Bréfritari: Sigríður Pálsdóttir
Viðtakandi: Páll Pálsson
Dagsetning: A-1845-08-26
Skrifað á: Síðumúla  Mýr.
Páll var bróðir Sigríðar

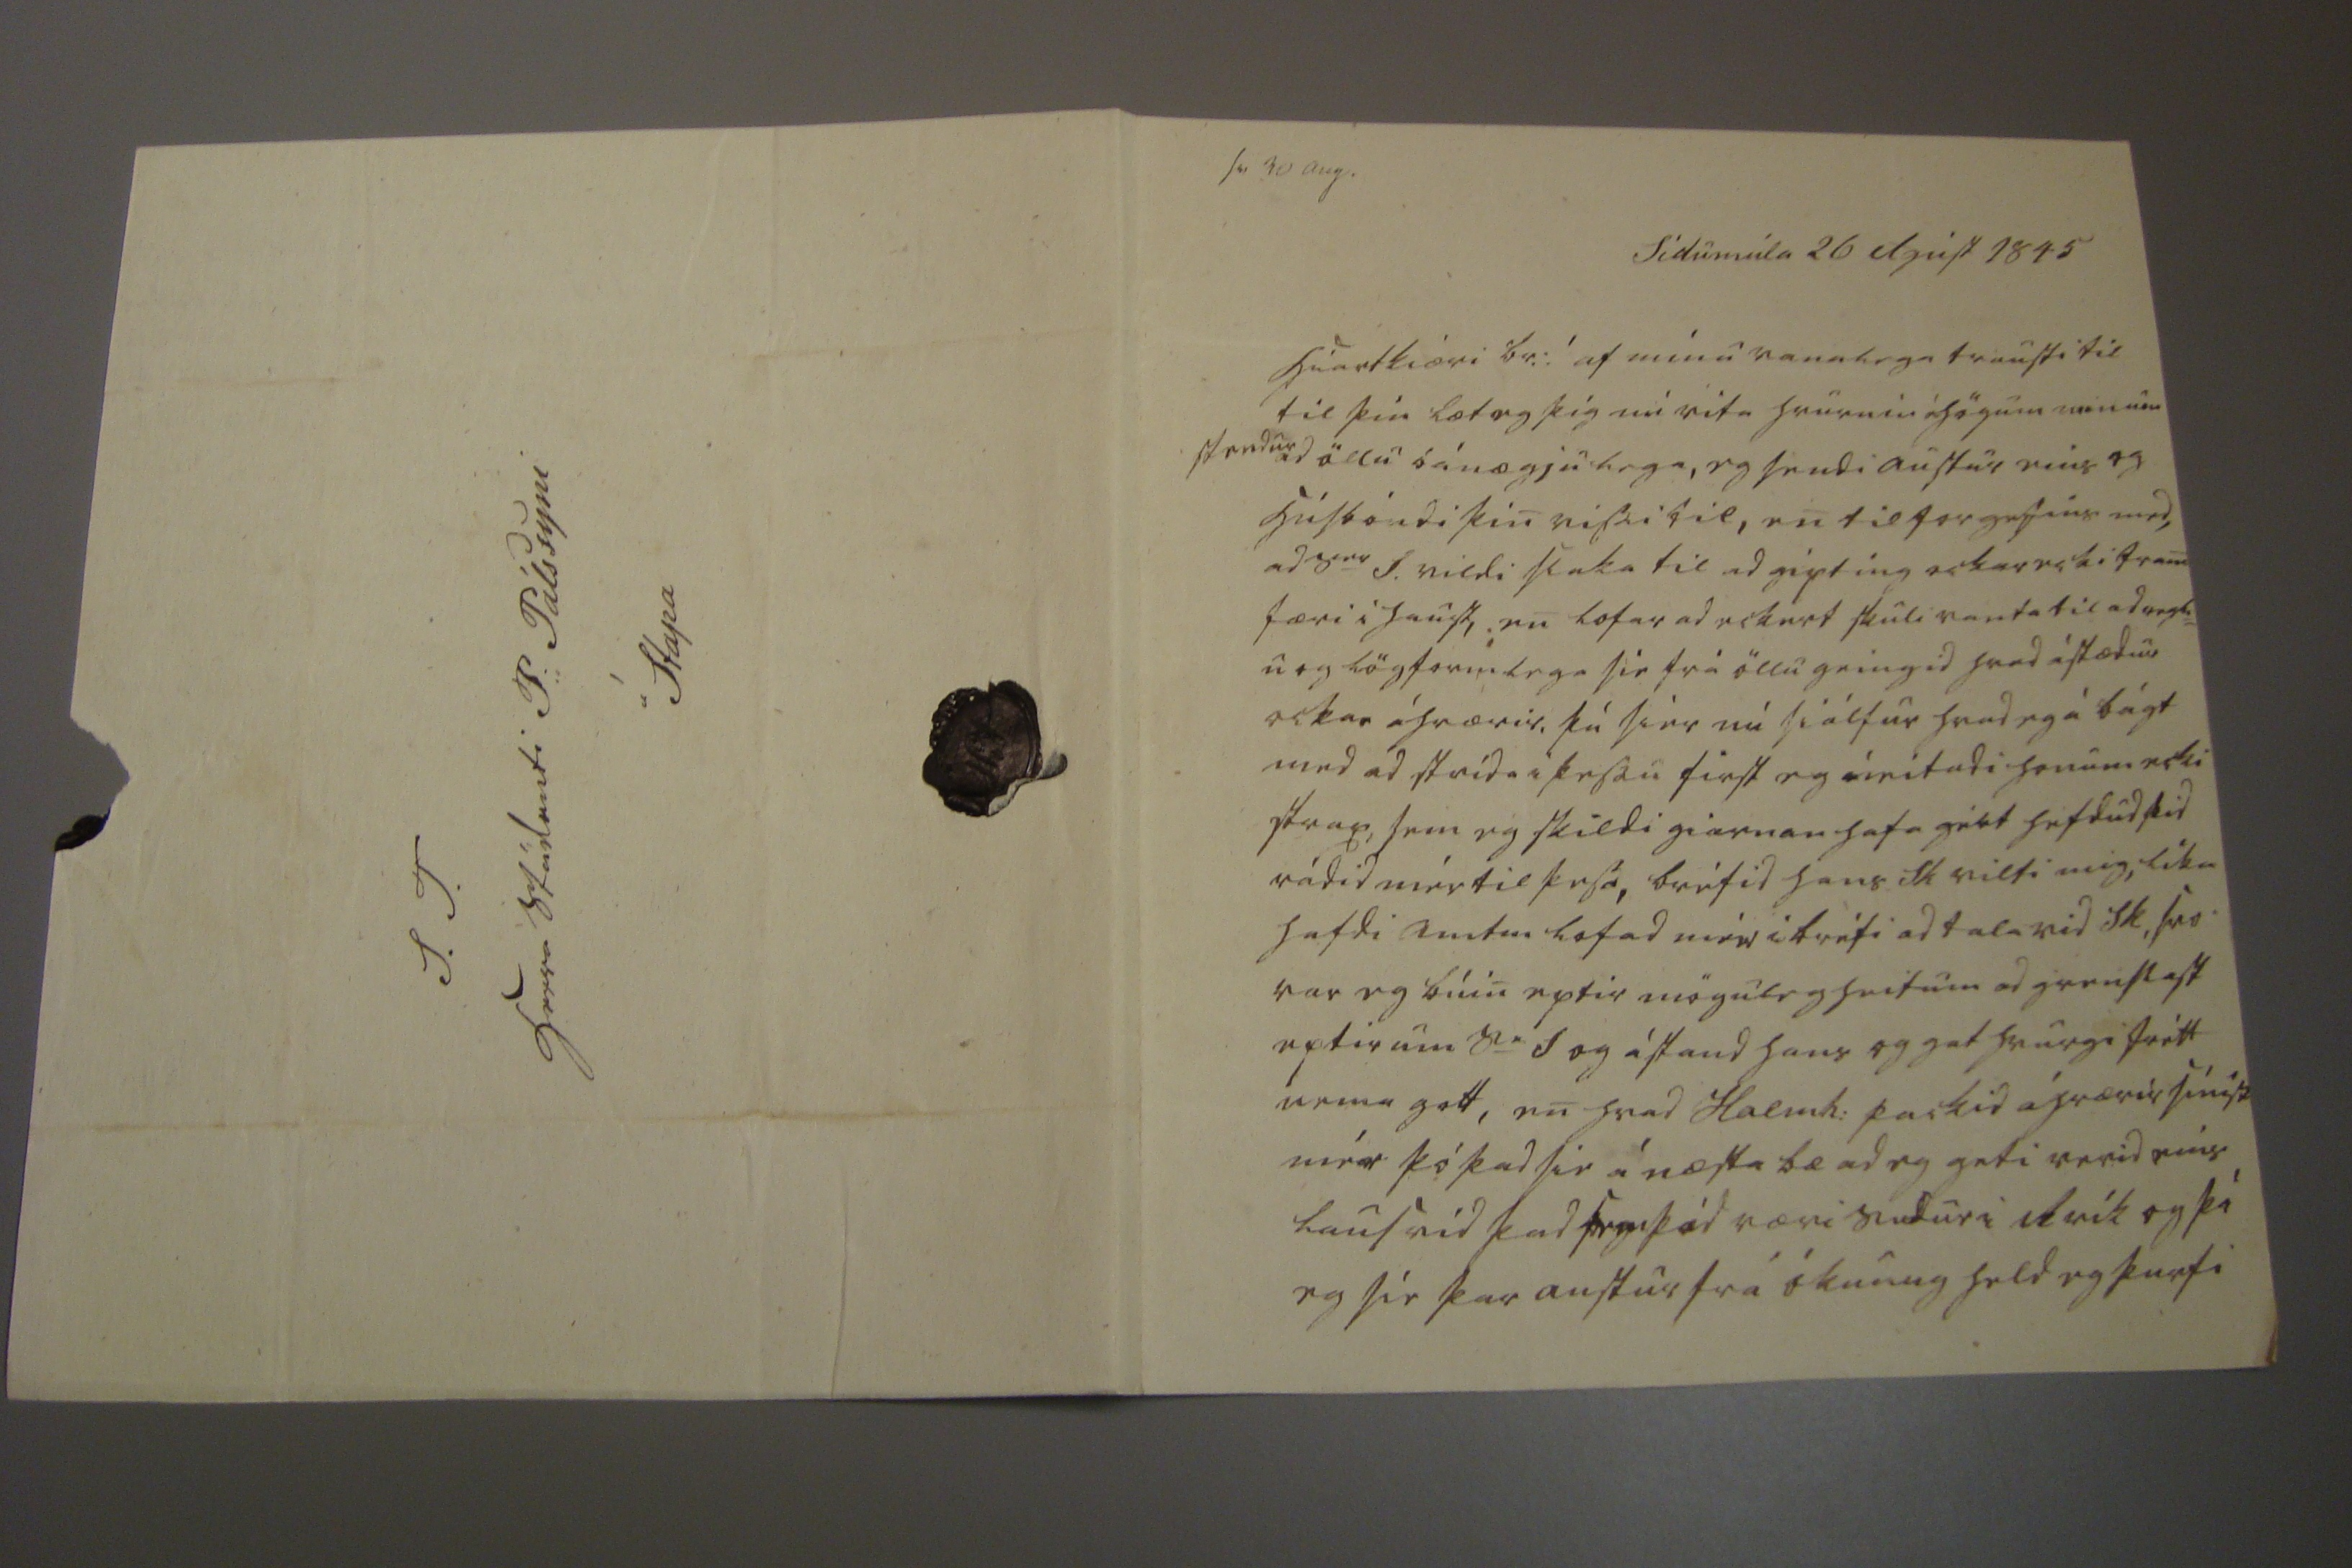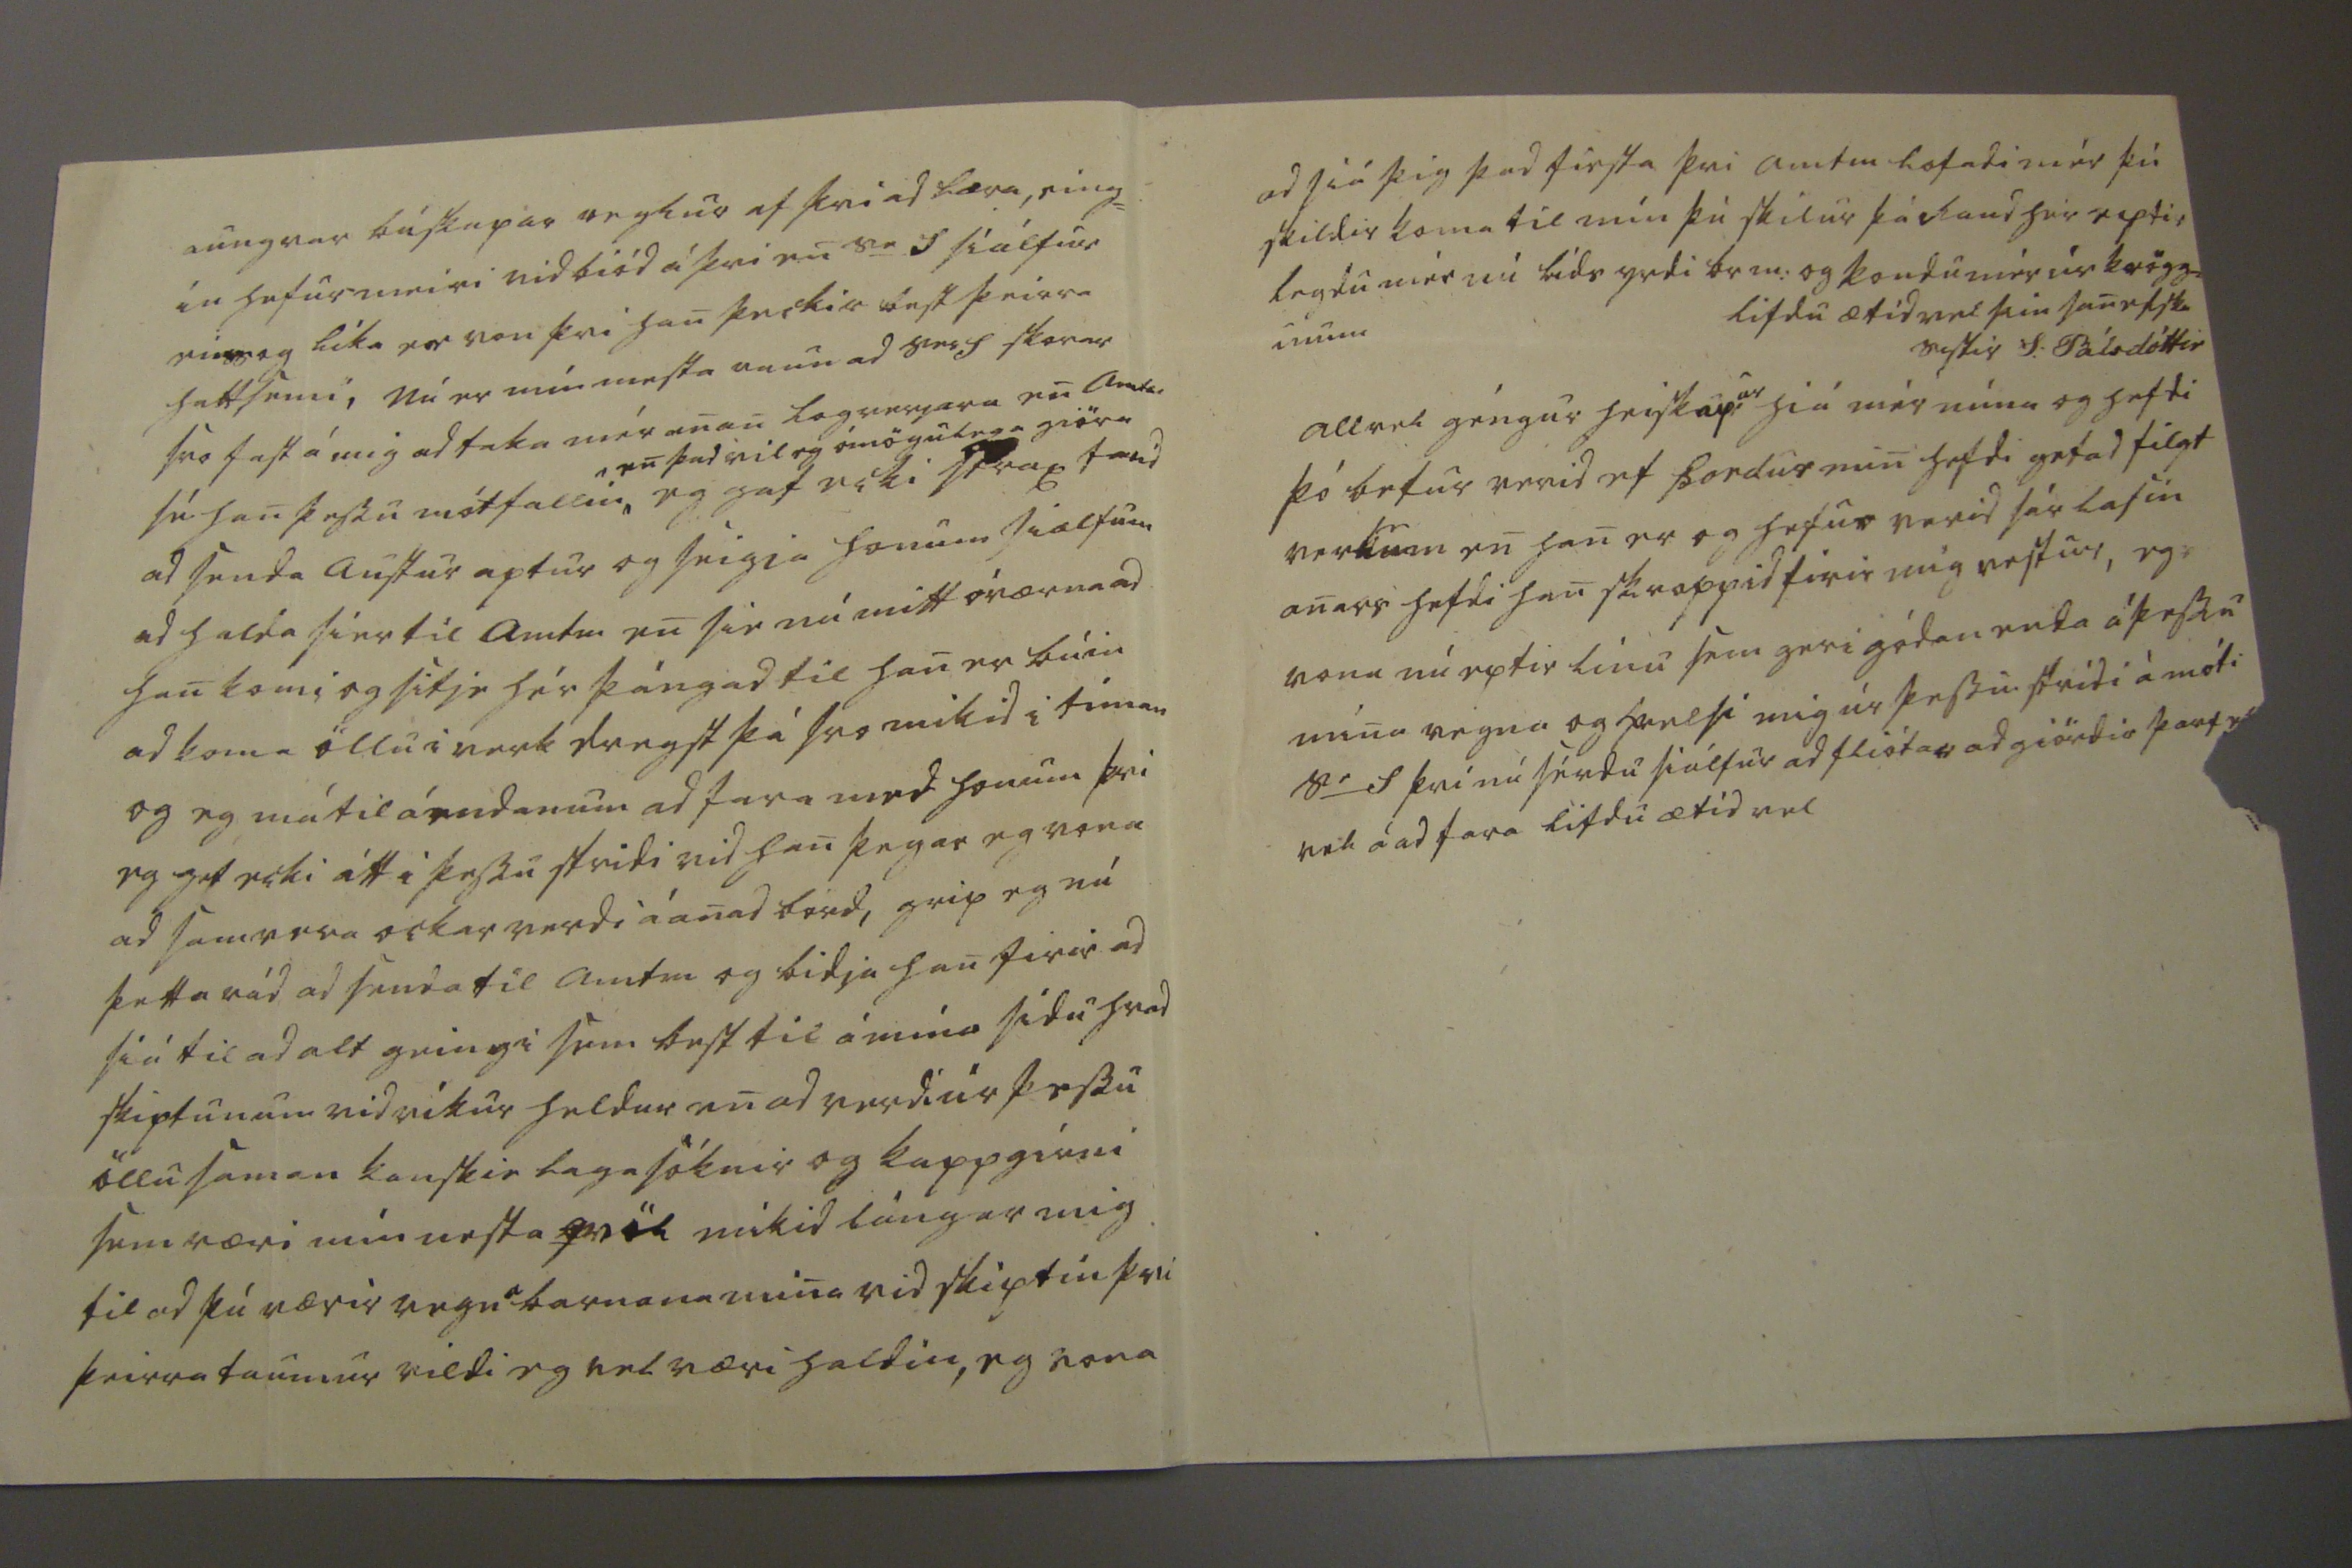

sv 30 aug.
Sídumúla 26 Agúst 1845
hiartkiæri br:! af mínu vanalega trausti til til þín læt eg þig nú vita hvurnin áhögum minum stendur ad öllu áánægjulega, eg sendi austur eins og húsbóndi þin vissi til, en til forgefins med, ad S
er
S. vildi slaka til ad gipting ockar ecki fram færi i haust, en lofar ad eckert skuli vanta til ad regl= u og lögformlega sie frá öllu geingid hvad ástædur ockar áhrærir, þú sier nú siálfur hvad eg á bágt med ad strída i þessu first eg neitadi honum ecki strax, sem eg skildi giarnan hafa gért hefdud þid rádid mér til þess, bréfid hans Sk vilti mig, líka hafdi Amtm lofad mér i bréfi ad tala vid Sk, svo var eg búin eptir möguleg heitum ad grenslast eptir um S
e
S og ástand hans og gat hvurgi frétt nema gott, en hvad Halmh: packid áhrærir sínist mér þó þad sie á næsta bæ ad eg geti verid eins laus vid þad sem
þid
væri sudur i Rvík og þá eg sie þar austur frá ókunug held eg þurfi
aungvar búskapar reglur af þvi ad læra, eing= in hefur meiri vidbiód á þvi en S
e
S sialfur eins og líka er von þvi han þeckir best þeirra hattsemi, Nú er mín mesta raun S
er
S skorar svo fast á mig ad taka mér anan log
re00ara
enAmtm sé han þessu mótfallin ^
^ en þad vil eg ómögulega giöra
eg gat ecki strax farid ad senda austur aptur og seigia honum sialfum ad halda sier til Amtm en sie nú mitt óværna ad han komi og sitje hér þángad til han er búin ad koma öllu i verk dregst þá svo mikid i tíman og eg má til á endanum ad fara med honum þvi eg get ecki átt i þessu stridi vid han þegar eg vona ad samvera ockar verdi á anad bord, grip eg nú þetta rád ad senda til Amtm og bidja han firir ad siá til ad alt geingi sem best til á mína sídu hvad skiptunum vidvikur heldur en ad verdi úr þessu öllu saman kanskie lagasóknir og kappgirni sem væri mín nesta qvöl mikid lángar mig til ad þú værir vegna barnana mina vid skiptin þvi þeirra taumur vildi eg vel væri haldin, eg vona
ad siá þig þad firsta þvi amtm lofadi mér þú skildir koma til mín þú skilur þá Raud hér eptir legdu mér nú líds yrdi br m: og kondu mér úr krögg= unum
lifdu ætíd vel þin sanelska systir S: Pálsdóttir
Allvel géngur heiskapur hiá mér núna og hefdi þó betur verid ef Þordur min hefdi getad filgt verk
um
en han er og hefur verid sár lasin anars hefdi han skroppid firir mig vestur, eg vona nú eptir línu sem geri gódan enda á þessu mina vegna og frelsi mig úr þessu strídi á móti S
e
S þvi nú sérdu siálfur ad fliótar adgiördir þarf e
00
vel á ad fara lifdu ætíd vel
S. T. herra Stúdenti P: Pálssyni á Stapa